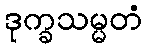
ဒုက္ခသမ္မတံ